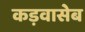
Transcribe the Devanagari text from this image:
कड़वासेब